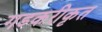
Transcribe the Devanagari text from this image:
गडकरीकृत